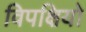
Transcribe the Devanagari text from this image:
विपक्षियो